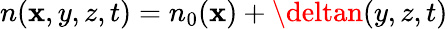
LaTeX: n(\mathbf{x},y,z,t)=n_{0}(\mathbf{x})+\deltan(y,z,t)